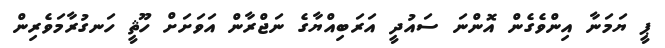
ޕީ ޔަމަނާ އިންވެގެން އޮންނަ ސައުދީ އަރަބިއްޔާގެ ނަޖްރާން އަވަށަށް ހޫޘީ ހަނގުރާމަވެރިން